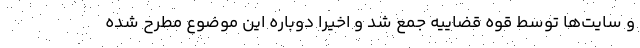
و سایت‌ها توسط قوه قضاییه جمع شد و اخیرا دوباره این موضوع مطرح شده